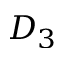
D _ { 3 }